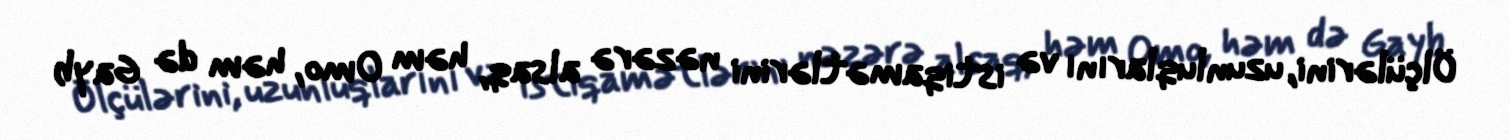
Ölçülərini, uzunluqlarını və istiqamətlərini nəzərə alsaq, həm Omo, həm də Gayb